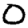
Digit: 0